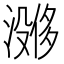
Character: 𪷔